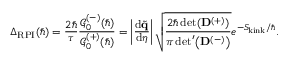
\Delta _ { \mathrm { R P I } } ( \hbar ) = \frac { 2 \hbar } { \tau } \frac { \mathcal { G } _ { 0 } ^ { ( - ) } ( \hbar ) } { \mathcal { G } _ { 0 } ^ { ( + ) } ( \hbar ) } = \left| \frac { \mathrm { d } \tilde { \mathbf { q } } } { \mathrm { d } \eta } \right| \sqrt { \frac { 2 \hbar \operatorname* { d e t } ( \mathbf { D } ^ { ( + ) } ) } { \pi \, \mathrm { d e t } ^ { \prime } \! \left( { \mathbf { D } ^ { ( - ) } } \right) } } e ^ { - S _ { \! \mathrm { k i n k } } / \hbar } .